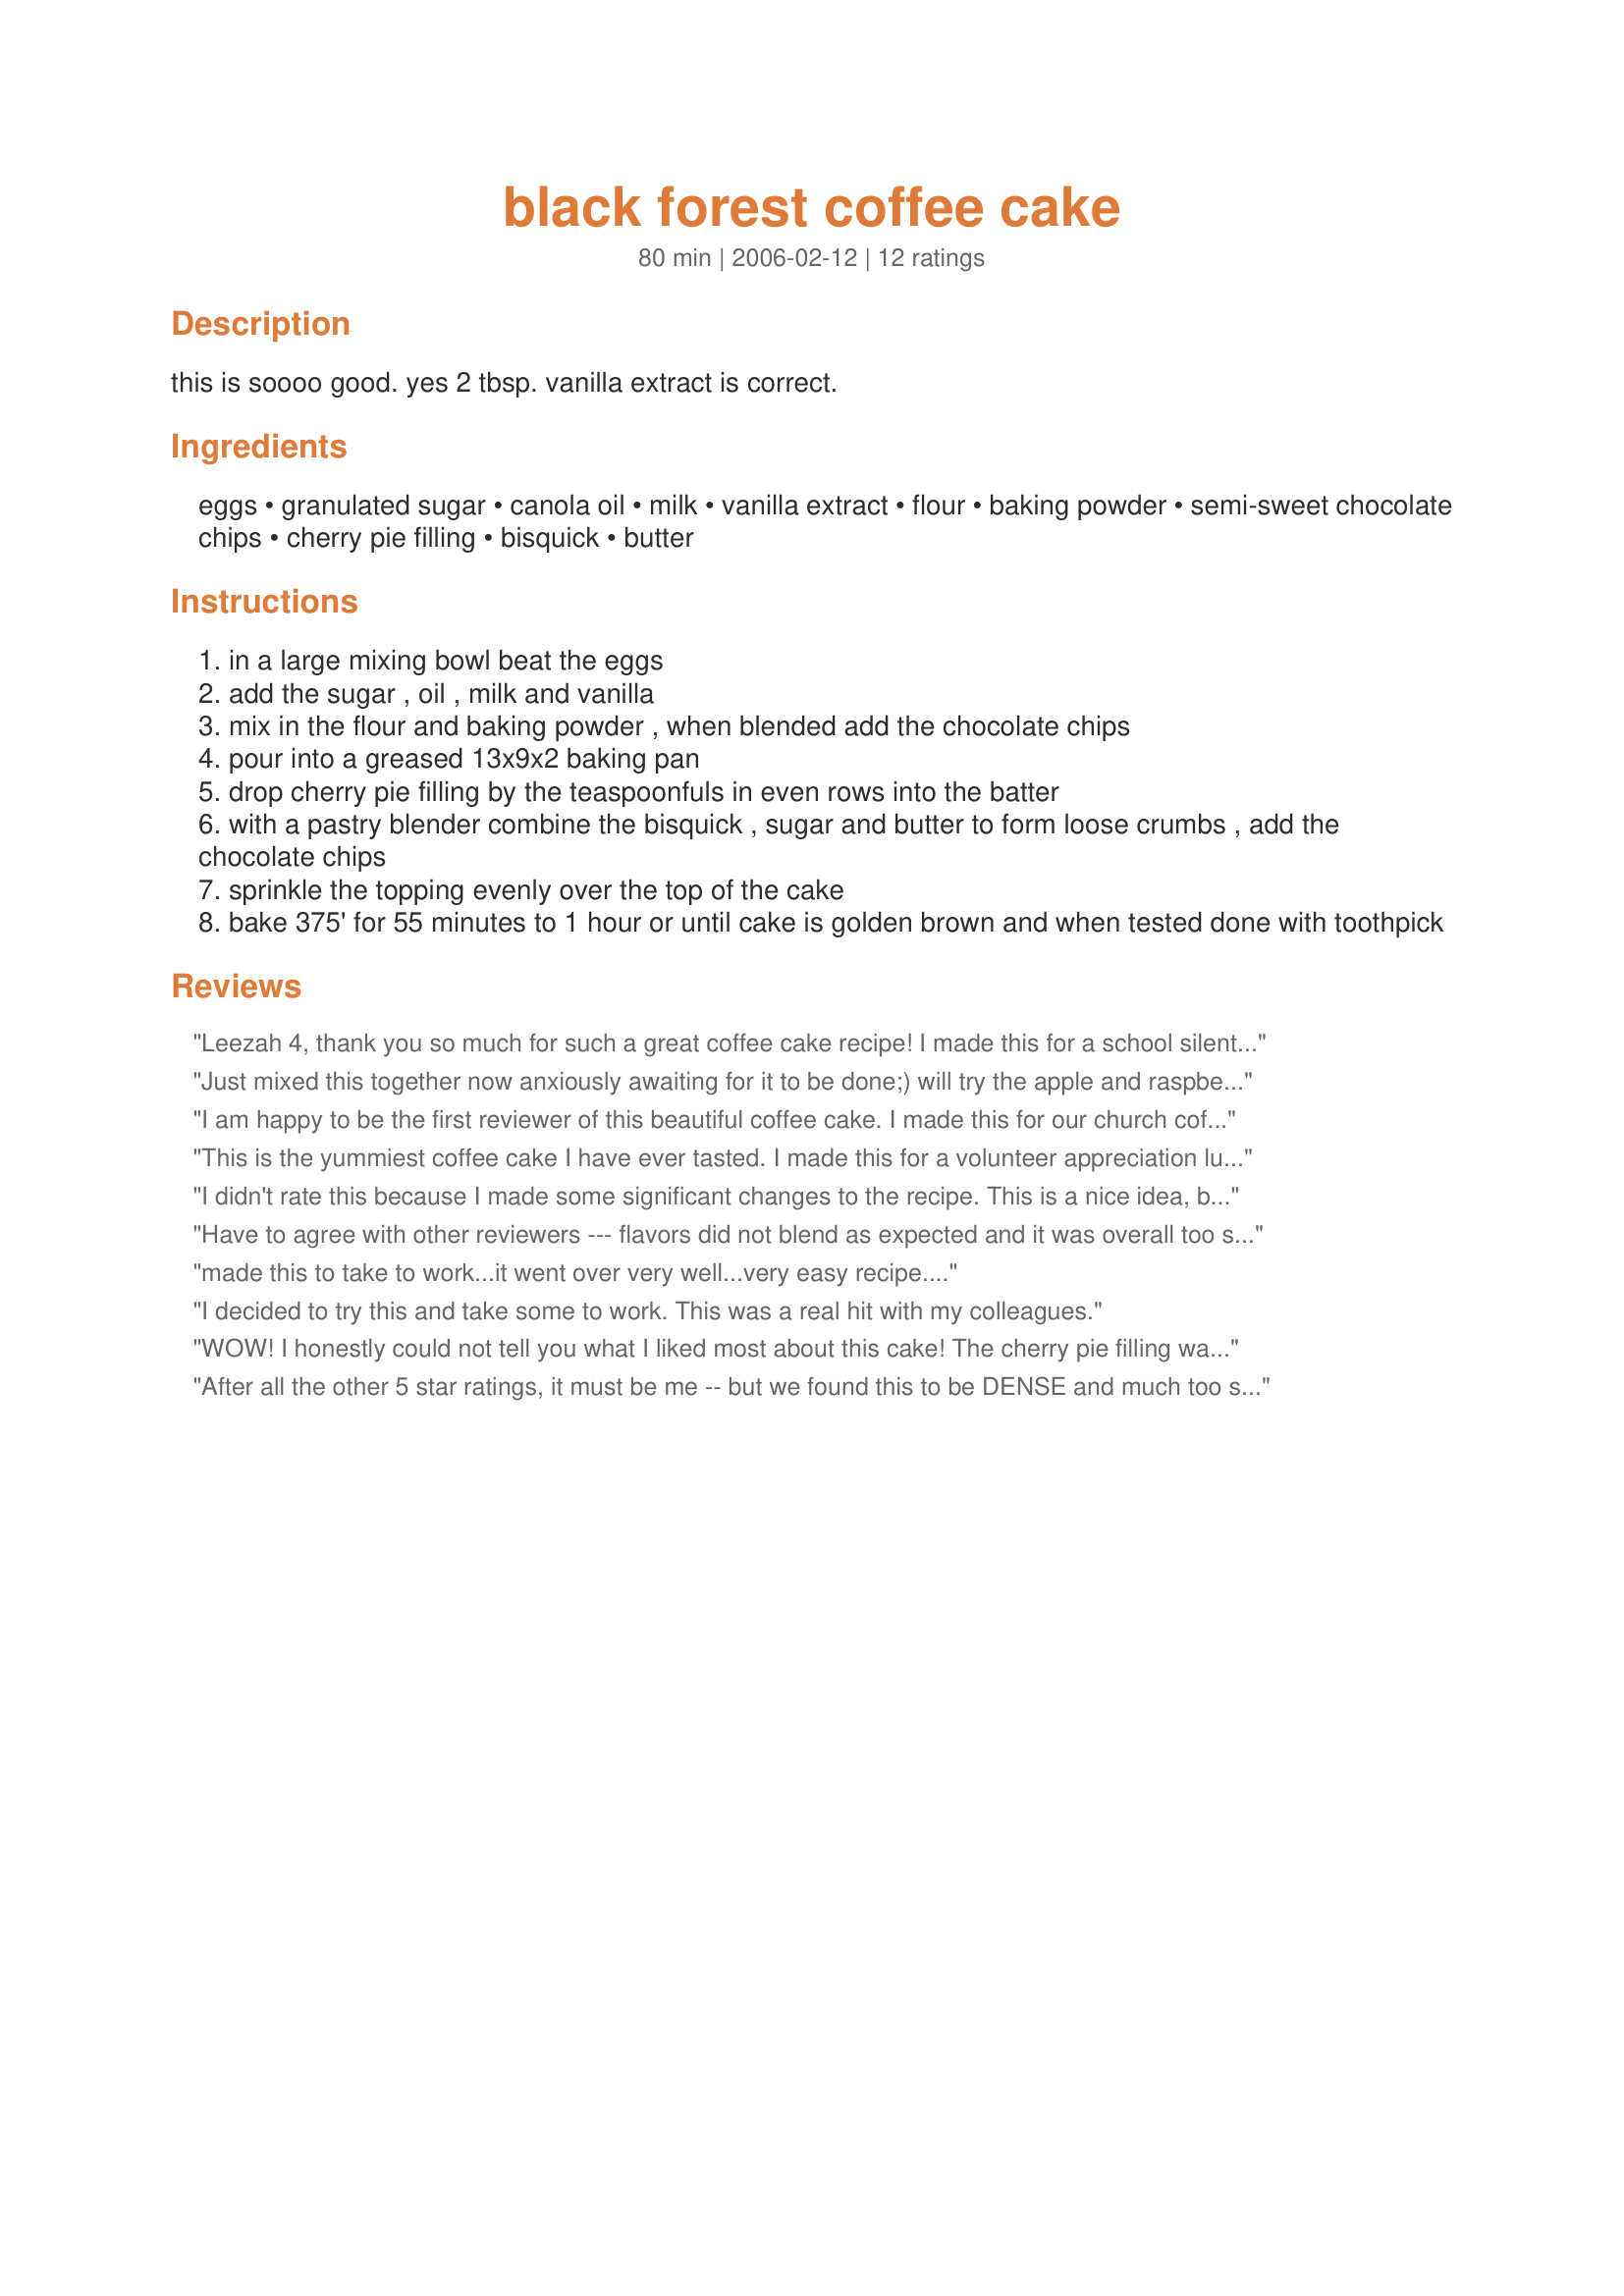
black forest coffee cake
Preparation time: 80 minutes

this is soooo good. yes 2 tbsp. vanilla extract is correct.

Ingredients:
eggs, granulated sugar, canola oil, milk, vanilla extract, flour, baking powder, semi-sweet chocolate chips, cherry pie filling, bisquick, butter

Steps:
in a large mixing bowl beat the eggs
add the sugar , oil , milk and vanilla
mix in the flour and baking powder , when blended add the chocolate chips
pour into a greased 13x9x2 baking pan
drop cherry pie filling by the teaspoonfuls in even rows into the batter
with a pastry blender combine the bisquick , sugar and butter to form loose crumbs , add the chocolate chips
sprinkle the topping evenly over the top of the cake
bake 375' for 55 minutes to 1 hour or until cake is golden brown and when tested done with toothpick

Reviews:
Leezah 4, thank you so much for such a great coffee cake recipe! I made this for a school silent auction and it sold for $10.50. The proud new owner of the coffee cake was thrilled to have scored a win and get this. I made a second one the next day and it really is good. No, it's a winner!
Just mixed this together now anxiously awaiting for it to be done;) will try the apple and raspberry suggestions, too. Thanks!
I am happy to be the first reviewer of this beautiful coffee cake. I made this for our church coffee hour. It sliced up nicely and looked great on a platter. It went very fast! I might try apple pie filling next time and omit the chocolate chips. Roxygirl

update: 5/7 made the cake again using apple pie filling and adding tsp. cinnamon to the Bisquick topping. Served it for coffee hour. This was so scrumptious!!! I think this is the BEST coffee cake! I can tell I'll be making it a lot. Thanks Leeza!
This is the yummiest coffee cake I have ever tasted. I made this for a volunteer appreciation luncheon at our church and there wasn't one crumb left! This is a perfect cake for someone who wants to make something really special. Thanks for an outstanding recipe!
I didn't rate this because I made some significant changes to the recipe. This is a nice idea, but each layer is so sugary it is overkill to me. I found that the flavors just didn't blend like they do in a black forest cake. However, I brought this to a german class and got positive feedback. So for those who could stand to OD on sugar, chocolate chips, and cherries, go for it, otherwise, skip dessert.
Have to agree with other reviewers --- flavors did not blend as expected and it was overall too sugary. I particularly thought it was too chocolate-y (which I cannot believe I'm saying because i adore chocolate). Thought maybe it was just me, but my taste-testing team declared it "okay, but not great".
made this to take to work...it went over very well...very easy recipe....
I decided to try this and take some to work. This was a real hit with my colleagues.
WOW! I honestly could not tell you what I liked most about this cake! The cherry pie filling was the perfect balance for the chocolate and the topping was fantastic! We enjoyed this very much, and will definitely have it again. Thanks so much for posting your recipe, it is fantastic :)
After all the other 5 star ratings, it must be me -- but we found this to be DENSE and much too sugary. I followed directions exactly, and cake was definitely "done", but after a few heroic bites, my guests could not finish the slice. Am sure I won't be trying again. Sory, Leezah.
I LOVED this coffee cake and I don't normally like fruit mixed with chocolate. It was so good! More like a rich cookie or a bar...which is fine with me because it's perfect for breakfast, dessert and a midnight snack!
I used canned raspberry pie filling instead of the cherry (preference) and reduced the amount of sugar and chocolate chips as per others' suggestions. The cake wasn't dense at all, but nice and light. Thanks for sharing such a delicious recipe.
